Annual report of the Civil Veterinary Department, Bengal, and of the Bengal Veterinary College, for the year 1900-1901 - 1900-1901
Year: 1900
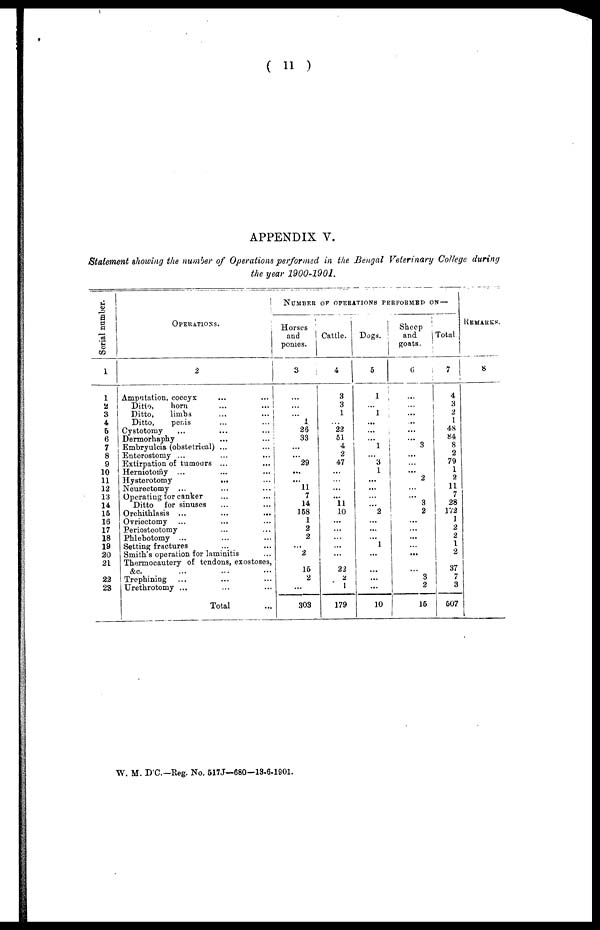
( 11 )
APPENDIX V.
Statement showing the number of Operations performed in the Bengal Veterinary College during
the year 1900-1901.
Serial number.
1
1
2
3
4
5
6
7
8
9
10
11
12
13
14
15
16
17
18
19
20
21
22
23
OPERATIONS.
2
Amputation, coccyx
...
...
Ditto,
horn
...
...
Ditto,
limbs ... ...
Ditto,
penis
...
...
Cystotomy
...
...
...
Dermorhaphy
...
...
Embryulcia (obstetrical) ... ...
Enterostomy ... ... ...
Extirpation of tumours ... ...
Herniotomy ... ... ...
Hysterotomy
...
...
Neurectomy ... ... ...
Operating for canker ... ...
Ditto
for sinuses ... ...
Orchithlasis ... ... ...
Ovriectomy ... ... ...
Periosteotomy ... ...
Phlebotomy ... ... ...
Setting fractures ... ...
Smith's operation for laminitis ...
Thermocautery of tendons, exostoses,
&c. ... ... ...
Trephining ... ... ...
Urethrotomy ... ... ...
Total ...
NUMBER OF OPERATIONS PERFORMED ON—
Horses
and
ponies.
3
...
...
...
1
26
33
...
...
29
...
...
11
7
14
158
1
2
2
...
2
15
2
...
303
Cattle.
4
3
3
1
...
22
51
4
2
47
...
...
...
...
11
10
...
...
...
...
...
22
2
1
179
Dogs.
5
1
...
1
...
...
...
1
...
3
1
...
...
...
...
2
...
...
...
1
...
...
...
...
10
Sheep
and
goats.
6
...
...
...
...
...
...
3
...
...
...
2
...
...
3
2
...
...
...
...
...
...
3
2
15
Total
7
4
3
2
1
48
84
8
2
79
1
2
11
7
28
172
1
2
2
1
2
37
7
3
507
REMARKS.
8
W. M. D'C—Reg. No. 517J—680—13-6-1901.